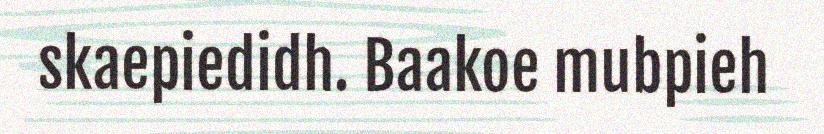
skaepiedidh. Baakoe mubpieh